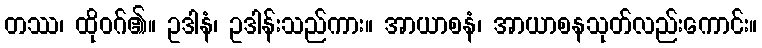
တဿ၊ ထိုဝဂ်၏။ ဥဒါနံ၊ ဥဒါန်းသည်ကား။ အာယာစနံ၊ အာယာစနသုတ်လည်းကောင်း။